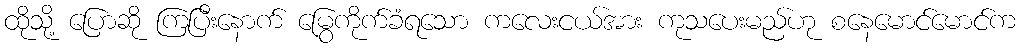
ထိုသို့ ပြောဆို ကြပြီးနောက် မြွေကိုက်ခံရသော ကလေးငယ်အား ကုသပေးမည်ဟု စနေမောင်မောင်က